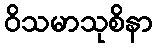
ဝိသမာသုစိနာ